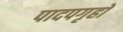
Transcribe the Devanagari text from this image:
पादपगृहों